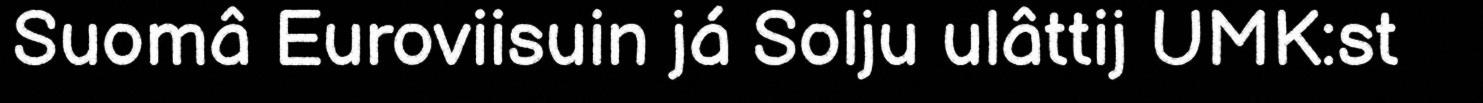
Suomâ Euroviisuin já Solju ulâttij UMK:st